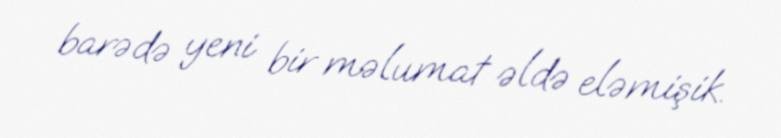
barədə yeni bir məlumat əldə eləmişik.